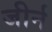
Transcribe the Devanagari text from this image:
जीर्न